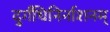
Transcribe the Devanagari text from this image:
दुर्गंधिनिर्नाशनम्